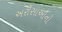
અરીસાઓનો